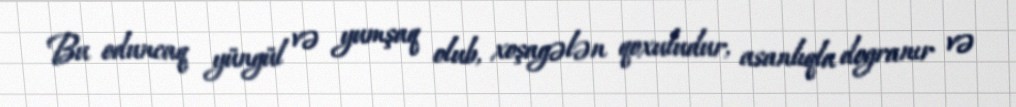
Bu oduncaq yüngül və yumşaq olub, xoşagələn qoxuludur, asanlıqla dogranır və